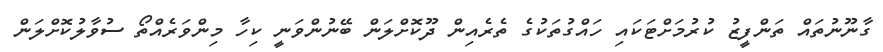
ގާނޫނުތައް ތަންފީޒު ކުރުމަށްޓަކައި ހައްގުތަކުގެ ތެރެއިން ދޫކޮށްލަން ބޭނުންވަނީ ކިހާ މިންވަރެއްތޯ ސުވާލުކޮށްލަން